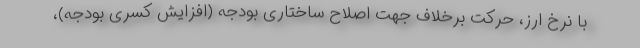
با نرخ ارز، حرکت برخلاف جهت اصلاح ساختاری بودجه (افزایش کسری بودجه)،